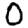
Digit: 0